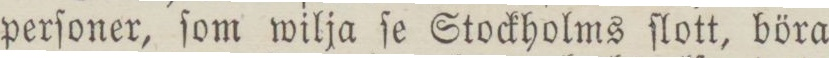
perſoner, ſom wilja ſe Stockholms ſlott, böra